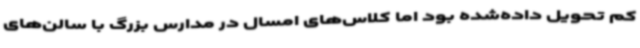
کم تحویل داده‌شده بود اما کلاس‌های امسال در مدارس بزرگ با سالن‌های